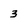
Character: 3